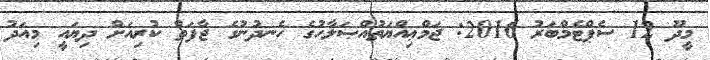
މީދޫ 12 ސެޕްޓެމްބަރު 2016: ޖަމްޢިއްޔަތުއްޞަލާހުގެ ހެނދުނުގެ ޖާފަތް ކުރިއަށް ދިޔައީ މިއަދު